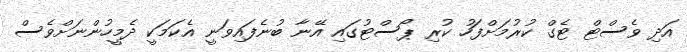
އަދި ވެސްޓް ޓެގް ކުރުމަށްފަހު ކުރި ޕޯސްޓުގައި އޭނާ ބުނެފައިވަނީ އެކަމަކީ ދެމީހުންނަށްވެސް